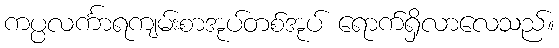
ကပ္ပလင်္ကာရကျမ်းစာအုပ်တစ်အုပ် ရောက်ရှိလာလေသည်။